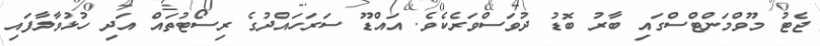
ޖެޓު މޫވްމަންޓްސްގައި ބާރު ބޮޑު ދުވަސްވަރެކެވެ. އައްޑޫ ސަރަހައްދުގެ ރިސޯޓުތައް އަދި ހުޅުވާލާފައި